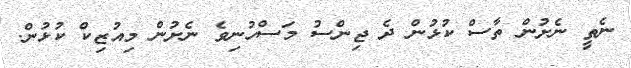
ނެތީ ނެށުން ތާސް ކުޅުން ދެ ޖިންސު މަސްހުނިވެ ނެށުން މިއުޒިކް ކުޅުން.